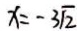
x = - 3 \sqrt { 2 }